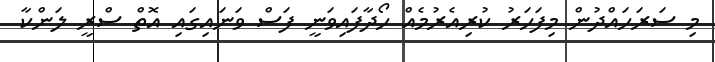
މި ސަރަހައްދުން މިފަހަރު ކުރިއެރުމެއް ހޯދާފައިވަނީ ފަސް ވަނައިގައި އޮތް ސްރީ ލަންކާ